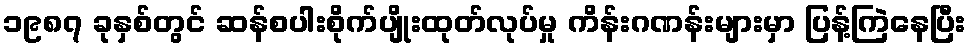
၁၉၈၇ ခုနှစ်တွင် ဆန်စပါးစိုက်ပျိုးထုတ်လုပ်မှု ကိန်းဂဏန်းများမှာ ပြန့်ကြဲနေပြီး